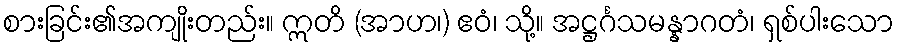
စားခြင်း၏အကျိုးတည်း။ ဣတိ (အာဟ၊) ဧဝံ၊ သို့။ အဋ္ဌင်္ဂသမန္နာဂတံ၊ ရှစ်ပါးသော